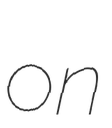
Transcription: on